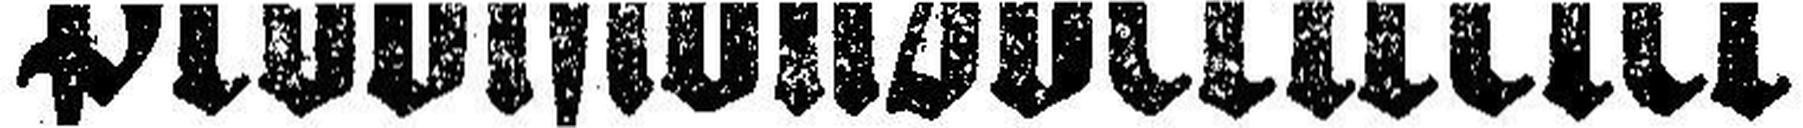
Provisionsvertreter